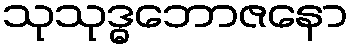
သုသုဒ္ဓဘောဇနော